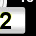
Digit: 2